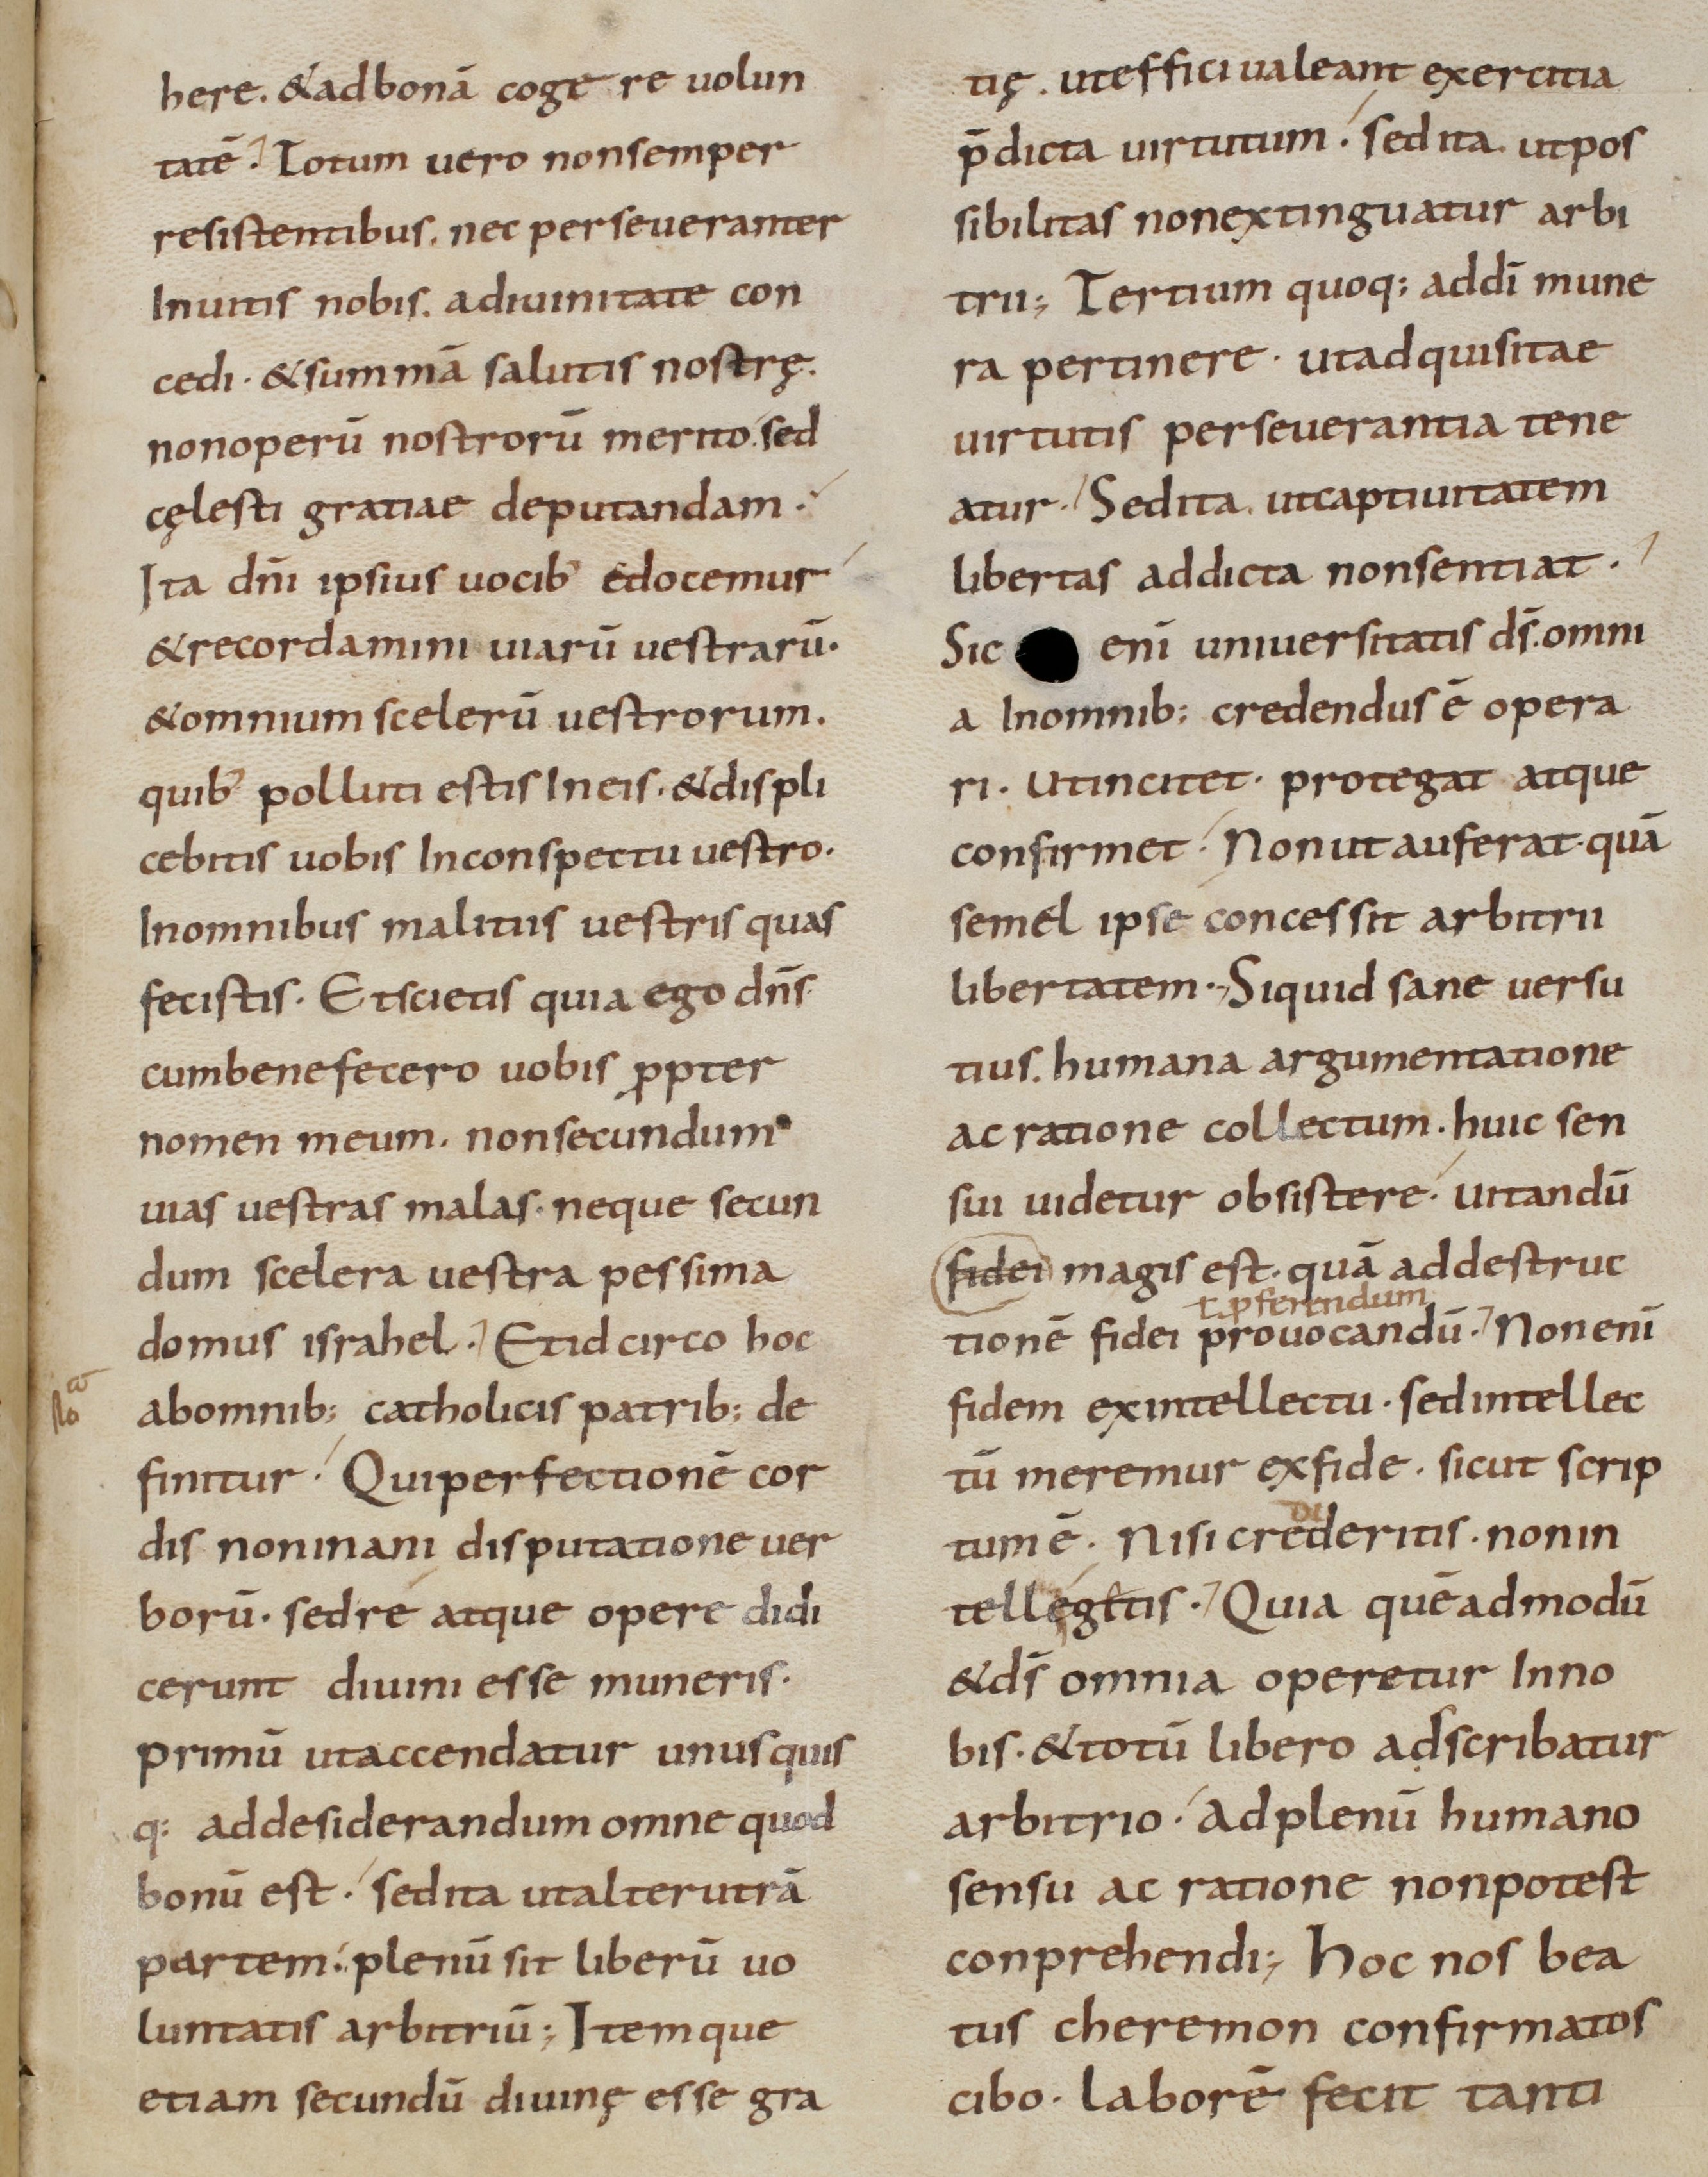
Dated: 800–899